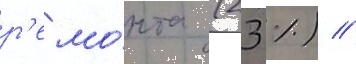
р'емо́нта (23 %) //